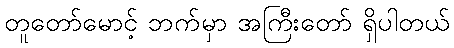
တူတော်မောင့် ဘက်မှာ အကြီးတော် ရှိပါတယ်